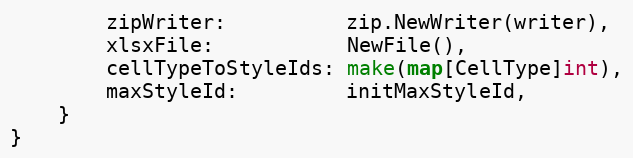
Language: Go
		zipWriter:          zip.NewWriter(writer),
		xlsxFile:           NewFile(),
		cellTypeToStyleIds: make(map[CellType]int),
		maxStyleId:         initMaxStyleId,
	}
}